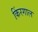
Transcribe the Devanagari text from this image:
किंरगाल